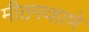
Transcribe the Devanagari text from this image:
मीठगव्हाणे